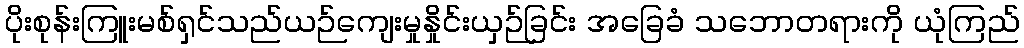
ပိုးစုန်းကြူးမစ်ရှင်သည်ယဉ်ကျေးမှုနှိုင်းယှဉ်ခြင်း အခြေခံ သဘောတရားကို ယုံကြည်